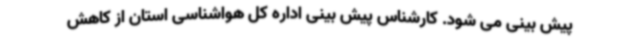
پیش بینی می شود. کارشناس پیش بینی اداره کل هواشناسی استان از کاهش